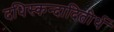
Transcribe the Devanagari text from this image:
दधिस्कन्दादितीर्थ